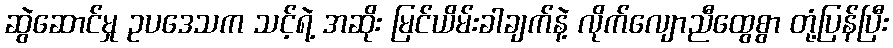
ဆွဲဆောင်မှု ဥပဒေသက သင့်ရဲ့ အဆိုး မြင်ယိမ်းခါချက်နဲ့ လိုက်လျောညီထွေစွာ တုံ့ပြန်ပြီး